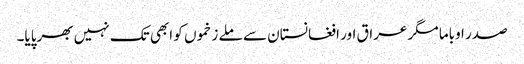
صدر اوباما مگر عراق اور افغانستان سے ملے زخموں کو ابھی تک نہیں بھرپایا۔